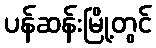
ပန်ဆန်းမြို့တွင်